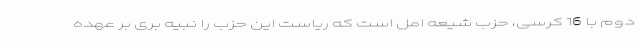
دوم با 16 کرسی، حزب شیعه امل است که ریاست این حزب را نبیه بری بر عهده